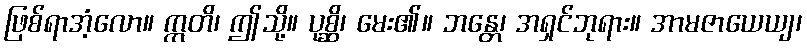
ဖြစ်ရာအံ့လော။ ဣတိ၊ ဤသို့။ ပုစ္ဆိ၊ မေး၏။ ဘန္တေ၊ အရှင်ဘုရား။ အာမဇာယေယျ၊